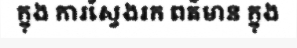
ក្នុង ការស្វែងរក ពត៌មាន ក្នុង